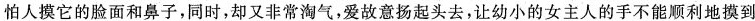
怕人摸它的脸面和鼻子，同时，却又非常淘气。哎故意扬起头去，让幼小的女主人的手不能顺利地摸到